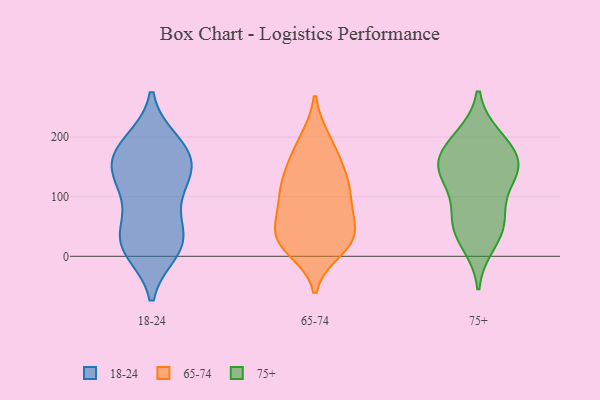
{"axis": {"x": "Active Users", "y": "Value"}, "legend": ["18-24", "65-74", "75+"], "data": [{"x": "", "y": 156, "type": "18-24"}, {"x": "", "y": 24, "type": "18-24"}, {"x": "", "y": 191, "type": "18-24"}, {"x": "", "y": 158, "type": "18-24"}, {"x": "", "y": 164, "type": "18-24"}, {"x": "", "y": 25, "type": "18-24"}, {"x": "", "y": 120, "type": "18-24"}, {"x": "", "y": 167, "type": "18-24"}, {"x": "", "y": 16, "type": "18-24"}, {"x": "", "y": 110, "type": "18-24"}, {"x": "", "y": 124, "type": "18-24"}, {"x": "", "y": 62, "type": "18-24"}, {"x": "", "y": 189, "type": "18-24"}, {"x": "", "y": 31, "type": "18-24"}, {"x": "", "y": 10, "type": "18-24"}, {"x": "", "y": 10, "type": "65-74"}, {"x": "", "y": 30, "type": "65-74"}, {"x": "", "y": 24, "type": "65-74"}, {"x": "", "y": 117, "type": "65-74"}, {"x": "", "y": 52, "type": "65-74"}, {"x": "", "y": 19, "type": "65-74"}, {"x": "", "y": 99, "type": "65-74"}, {"x": "", "y": 97, "type": "65-74"}, {"x": "", "y": 197, "type": "65-74"}, {"x": "", "y": 196, "type": "65-74"}, {"x": "", "y": 151, "type": "65-74"}, {"x": "", "y": 125, "type": "65-74"}, {"x": "", "y": 40, "type": "65-74"}, {"x": "", "y": 79, "type": "65-74"}, {"x": "", "y": 92, "type": "65-74"}, {"x": "", "y": 160, "type": "65-74"}, {"x": "", "y": 24, "type": "65-74"}, {"x": "", "y": 44, "type": "65-74"}, {"x": "", "y": 144, "type": "65-74"}, {"x": "", "y": 163, "type": "75+"}, {"x": "", "y": 144, "type": "75+"}, {"x": "", "y": 196, "type": "75+"}, {"x": "", "y": 199, "type": "75+"}, {"x": "", "y": 148, "type": "75+"}, {"x": "", "y": 160, "type": "75+"}, {"x": "", "y": 60, "type": "75+"}, {"x": "", "y": 50, "type": "75+"}, {"x": "", "y": 22, "type": "75+"}, {"x": "", "y": 142, "type": "75+"}, {"x": "", "y": 112, "type": "75+"}, {"x": "", "y": 57, "type": "75+"}]}